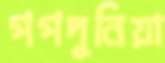
পপদুনিয়া